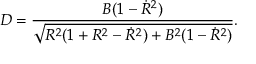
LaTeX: D = \frac { B ( 1 - \dot { R } ^ { 2 } ) } { \sqrt { R ^ { 2 } ( 1 + R ^ { 2 } - \dot { R } ^ { 2 } ) + B ^ { 2 } ( 1 - \dot { R } ^ { 2 } ) } } .